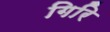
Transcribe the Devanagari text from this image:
गिरि